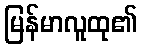
မြန်မာလူထု၏